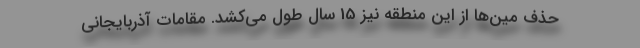
حذف مین‌ها از این منطقه نیز 15 سال طول می‌کشد. مقامات آذربایجانی